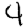
Digit: 4